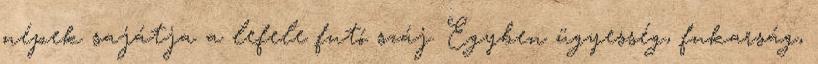
népek sajátja a lefele futó száj. Egyben ügyesség, fukarság,